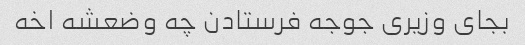
بجای وزیری جوجه فرستادن چه وضعشه اخه